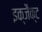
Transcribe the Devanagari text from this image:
इक्जैक्ट